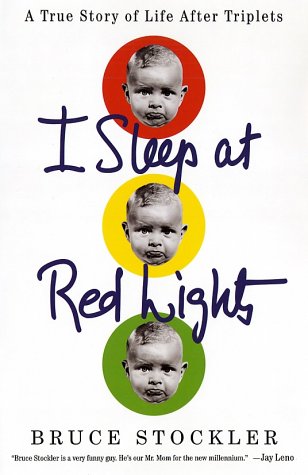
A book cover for I Sleep at Red Lights: A True Story of Life After Triplets; Bruce Stockler; Parenting & Relationships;